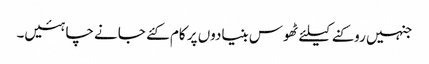
جنہیں روکنے کیلئے ٹھوس بنیادوں پر کام کئے جانے چاہئیں۔